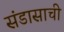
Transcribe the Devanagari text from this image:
संडासाची